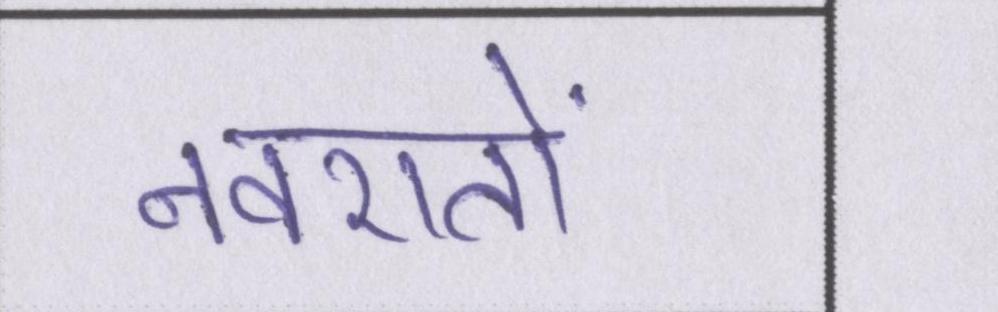
नवरातों